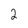
Character: 2